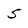
Character: 5